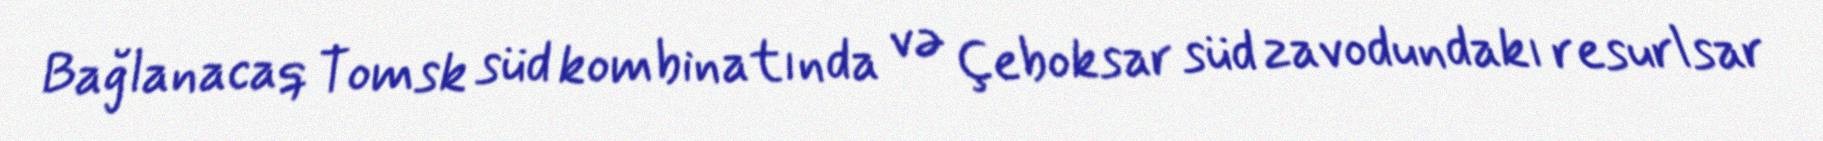
Bağlanacaq Tomsk süd kombinatında və Çeboksar süd zavodundakı resurlsar